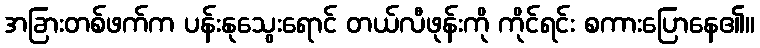
အခြားတစ်ဖက်က ပန်းနုသွေးရောင် တယ်လီဖုန်းကို ကိုင်ရင်း စကားပြောနေ၏။